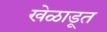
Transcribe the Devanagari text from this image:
खेळाडूत